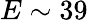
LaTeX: E\sim 39